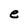
Character: e